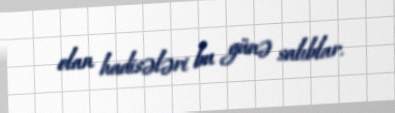
olan hadisələri bu günə salıblar.